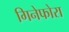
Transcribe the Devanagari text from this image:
गिनेफोरा